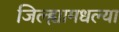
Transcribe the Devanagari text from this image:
जिल्ह्यामधल्या